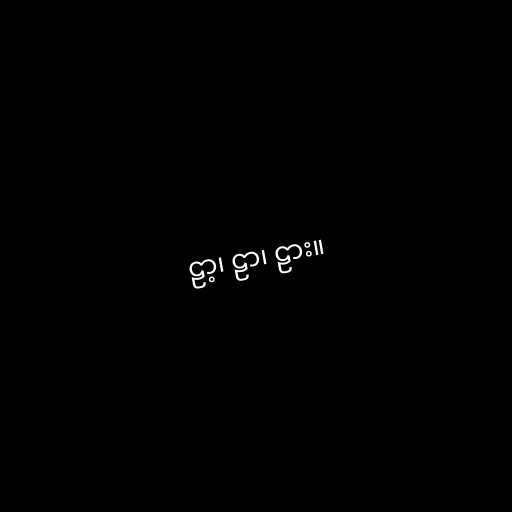
ဠာ့၊ ဠာ၊ ဠား။